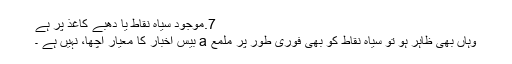
7.موجود سیاہ نقاط یا دھبے کاغذ پر ہے
وہاں بھی ظاہر ہو تو سیاہ نقاط کو بھی فوری طور پر ملمع a بیس اخبار کا معیار اچھا، نہیں ہے ۔